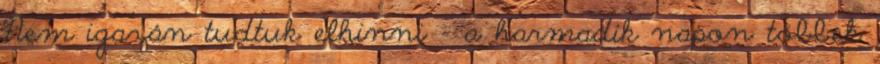
Nem igazán tudtuk elhinni – a harmadik napon többek